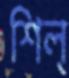
শিল্